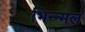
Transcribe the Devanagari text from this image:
भिन्न्मल